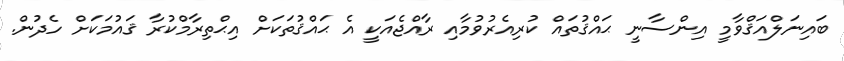
ބައިނަލްއަޤްވާމީ އިންސާނީ ޙައްޤުތައް ކުރިއެރުވުމާއި ރާއްޖެއަކީ އެ ޙައްޤުތަކަށް އިޙްތިރާމްކުރާ ޤައުމަކަށް ހެދުން.